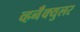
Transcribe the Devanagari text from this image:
व्हर्नॅक्युलर